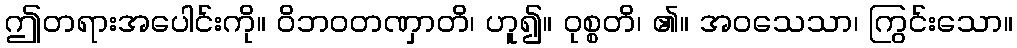
ဤတရားအပေါင်းကို။ ဝိဘဝတဏှာတိ၊ ဟူ၍။ ဝုစ္စတိ၊ ၏။ အဝသေသာ၊ ကြွင်းသော။